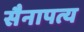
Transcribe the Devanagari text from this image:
सैनापत्य